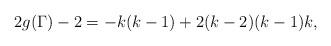
LaTeX: \begin{align*} 2g(\Gamma)-2 = -k(k-1)+2(k-2)(k-1)k,\end{align*}